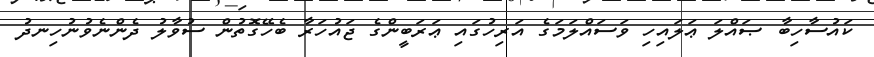
ކައުސާހިބާ ޞައްލަ ޢަލައިހި ވަސައްލަމަގެ އަރިހުގައި ޢަރަބީންގެ ޖައުހަރާ ބެހޭގޮތުން ސުވާލު ދެންނެވުނުހިނދު